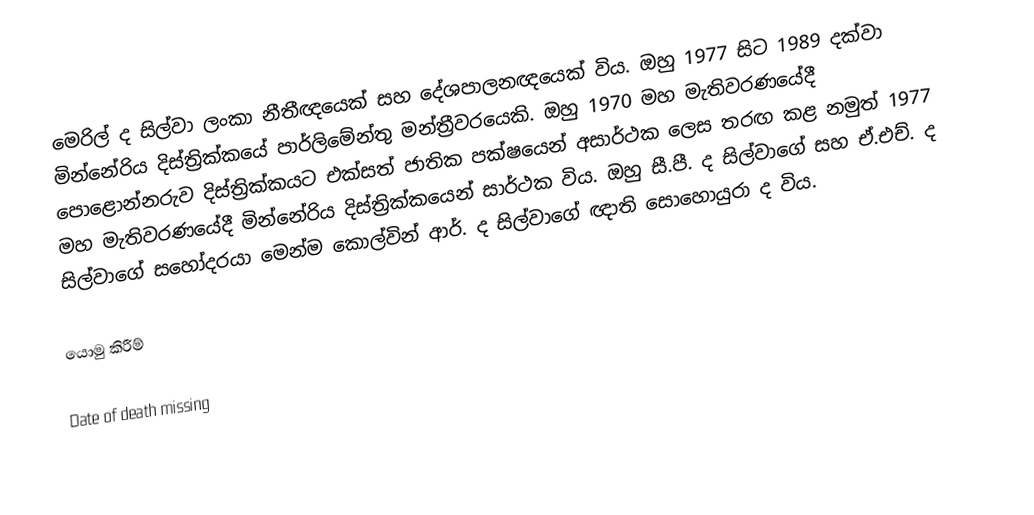
මෙරිල් ද සිල්වා ලංකා නීතීඥයෙක් සහ දේශපාලනඥයෙක් විය. ඔහු 1977 සිට 1989 දක්වා මින්නේරිය දිස්ත්‍රික්කයේ පාර්ලිමේන්තු මන්ත්‍රීවරයෙකි. ඔහු 1970 මහ මැතිවරණයේදී පොළොන්නරුව දිස්ත්‍රික්කයට එක්සත් ජාතික පක්ෂයෙන් අසාර්ථක ලෙස තරඟ කළ නමුත් 1977 මහ මැතිවරණයේදී මින්නේරිය දිස්ත්‍රික්කයෙන් සාර්ථක විය. ඔහු සී.පී. ද සිල්වාගේ සහ ඒ.එච්. ද සිල්වාගේ සහෝදරයා මෙන්ම කොල්වින් ආර්. ද සිල්වාගේ ඥාති සොහොයුරා ද විය.

යොමු කිරීම්

Date of death missing